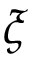
\xi